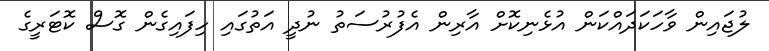
ލުޖައިން ވާހަކަދައްކަން އުޅެނިކޮށް އާރިން އެފުރުސަތު ނުދީ އަތުގައި ހިފައިގެން ގޮސް ކޮޓަރީގެ